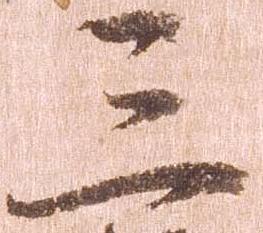
三